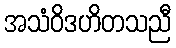
အသံဝိဒဟိတသညီ